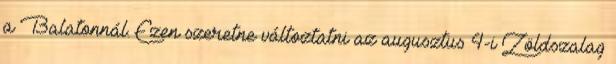
a Balatonnál. Ezen szeretne változtatni az augusztus 4-i Zöldszalag